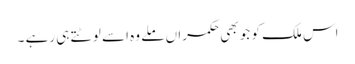
اس ملک کو جو بھی حکمراں ملے وہ اسے لوٹتے ہی رہے ۔